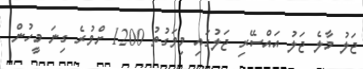
ޖަލު މާލެ ޖަލު އައްސޭރި ޖަލުގައި މިވަގުތު 1200 ށްވުރެ ގިނަ މީހުން